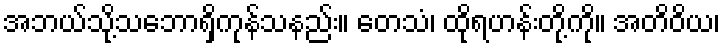
အဘယ်သို့သဘောရှိကုန်သနည်း။ တေသံ၊ ထိုရဟန်းတို့ကို။ အတိဝိယ၊